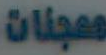
معجنات